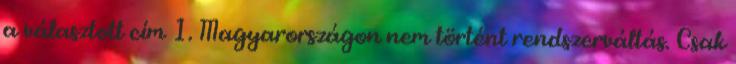
a választott cím 1. Magyarországon nem történt rendszerváltás. Csak